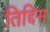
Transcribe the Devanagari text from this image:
तिद्दिम